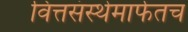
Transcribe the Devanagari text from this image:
वित्तसंस्थेमार्फतच